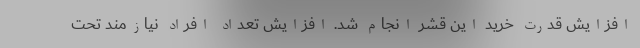
افزایش قدرت خرید این قشر انجام شد. افزایش تعداد افراد نیازمند تحت